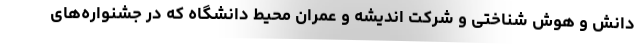
دانش و هوش شناختی و شرکت اندیشه و عمران محیط دانشگاه که در جشنواره‌های